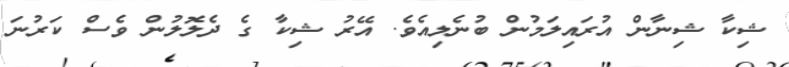
ޝިކާ ޝިނާން އުރައިލަމުން ބުނެލިއެވެ. އޭރު ޝިކާ ގެ ދެލޮލުން ވެސް ކަރުނަ